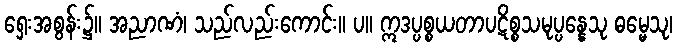
ရှေးအစွန်း၌။ အညာဏံ၊ သည်လည်းကောင်း။ ပ။ ဣဒပ္ပစ္စယတာပဋိစ္စသမုပ္ပန္နေသု ဓမ္မေသု၊